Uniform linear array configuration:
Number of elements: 24
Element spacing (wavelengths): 0.75
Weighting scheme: binomial
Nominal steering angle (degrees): -15
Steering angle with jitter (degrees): -14.318
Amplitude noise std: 0.05
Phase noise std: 0.05

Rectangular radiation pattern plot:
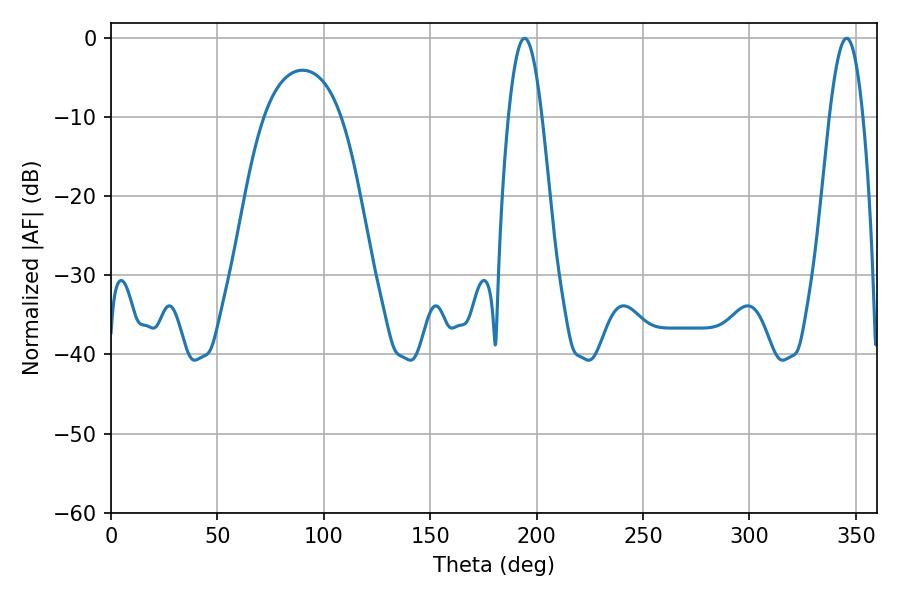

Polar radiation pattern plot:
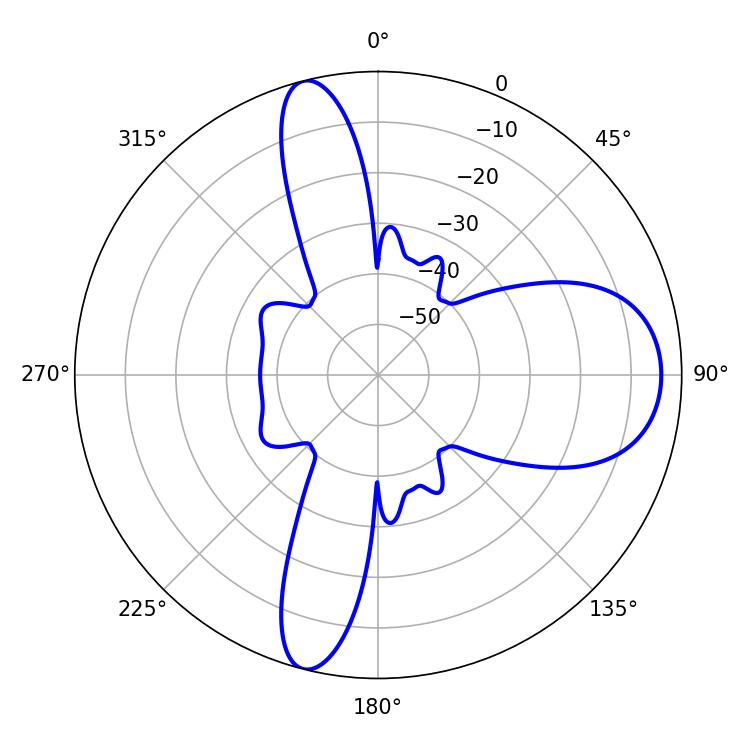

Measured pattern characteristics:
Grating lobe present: TRUE
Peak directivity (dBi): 12.719
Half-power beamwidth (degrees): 8.64
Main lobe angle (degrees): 345.6